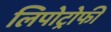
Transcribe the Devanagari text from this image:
लिपोट्रोफी